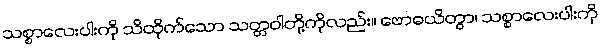
သစ္စာလေးပါးကို သိထိုက်သော သတ္တဝါတို့ကိုလည်း။ ဗောဓယိတွာ၊ သစ္စာလေးပါးကို